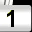
Digit: 1